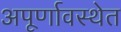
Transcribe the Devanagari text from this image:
अपूर्णावस्थेत